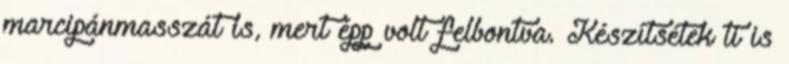
marcipánmasszát is, mert épp volt felbontva. Készítsétek ti is